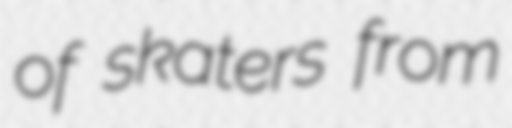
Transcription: of skaters from